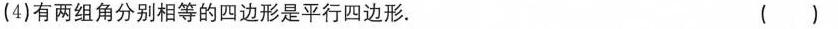
(4)有两组角分别相等的四边形是平行四边形. ( )